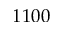
1 1 0 0